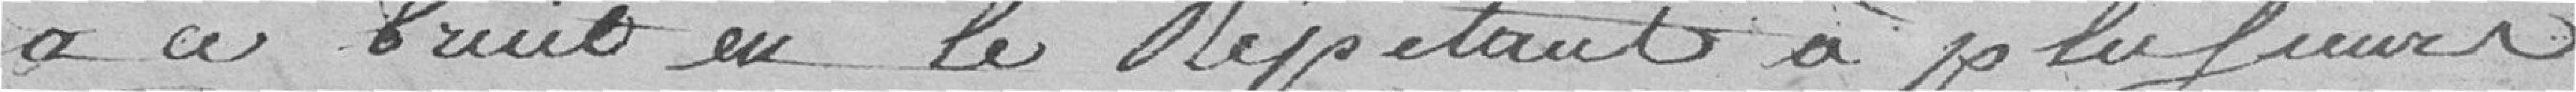
à ce bruit en le répétant à plusieurs